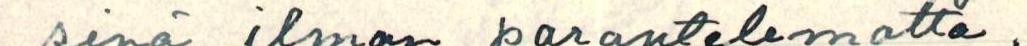
sinä ilman parantelematta.